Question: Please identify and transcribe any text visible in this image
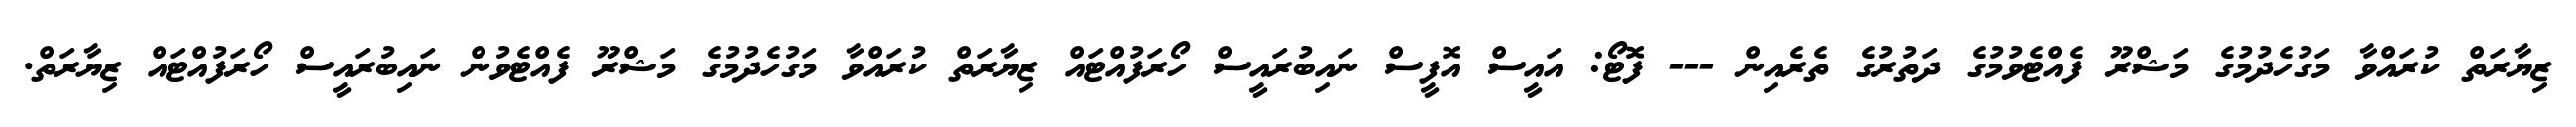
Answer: ޒިޔާރަތް ކުރައްވާ މަގުހެދުމުގެ މަޝްރޫ ފެއްޓެވުމުގެ ދަތުރުގެ ތެރެއިން --- ފޮޓޯ: އައީސް އޮފީސް ނައިބުރައީސް ހޯރަފުއްޓައް ޒިޔާރަތް ކުރައްވާ މަގުހެދުމުގެ މަޝްރޫ ފެއްޓެވުން ނައިބުރައީސް ހޯރަފުއްޓައް ޒިޔާރަތް.